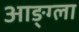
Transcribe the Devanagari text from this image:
आङ्ग्ला